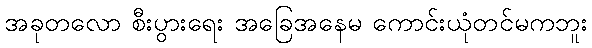
အခုတလော စီးပွားရေး အခြေအနေမ ကောင်းယုံတင်မကဘူး